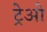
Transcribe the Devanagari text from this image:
ट्रेओ